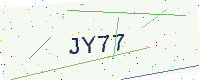
Text: JY77